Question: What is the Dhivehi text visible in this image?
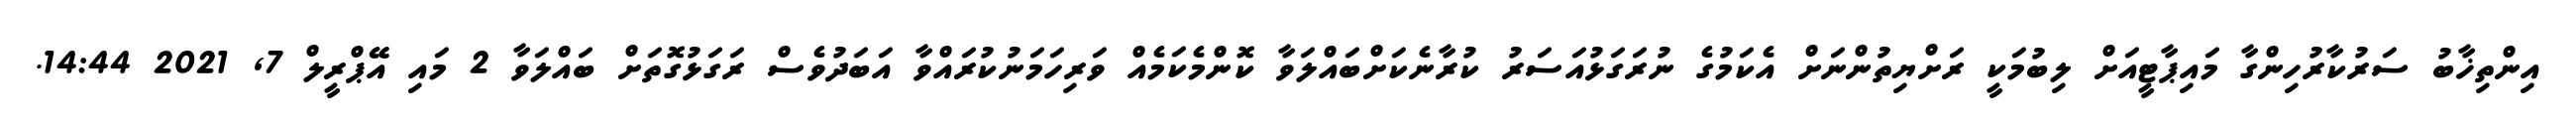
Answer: އިންތިޚާބު ސަރުކާރުހިންގާ މައިޕާޓީއަށް ލިބުމަކީ ރަށްޔިތުންނަށް އެކަމުގެ ނުރަގަޅުއަސަރު ކުރާނެކަށްބައްލަވާ ކޮންމެކަމެއް ވަރިހަމަނުކުރައްވާ އަބަދުވެސް ރަގަޅުގޮތަށް ބައްލަވާ 2 މައި އޭޕްރީލް 7, 2021 14:44.